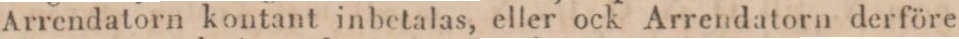
Arrendatorn kontant inbetalas, eller ock Arrendatorn derföre